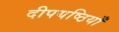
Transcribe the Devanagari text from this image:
दीपयष्ठियाँ